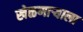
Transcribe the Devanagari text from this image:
खेळणाऱ्याला